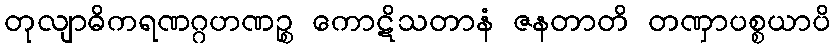
တုလျာဓိကရဏဂ္ဂဟဏဉ္စ ကောဋိသတာနံ ဇနတာတိ တဏှာပစ္စယာပိ